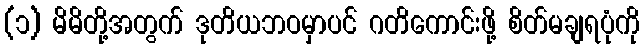
(၁) မိမိတို့အတွက် ဒုတိယဘဝမှာပင် ဂတိကောင်းဖို့ စိတ်မချရပုံကို